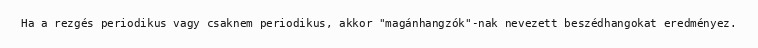
Ha a rezgés periodikus vagy csaknem periodikus, akkor "magánhangzók"-nak nevezett beszédhangokat eredményez.